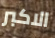
الاكبر